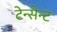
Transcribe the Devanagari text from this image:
टेन्सेन्ट